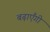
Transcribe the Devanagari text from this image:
बढ़ाएँगी